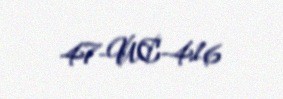
47-UC-416